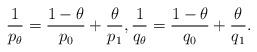
LaTeX: \begin{align*}\frac{1}{p_\theta} = \frac{1- \theta}{p_0} + \frac{\theta}{p_1}, \frac{1}{q_\theta} = \frac{1- \theta}{q_0} + \frac{\theta}{q_1}.\end{align*}